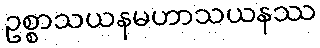
ဥစ္စာသယနမဟာသယနဿ